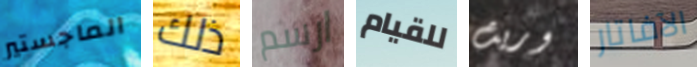
الماجستير ذلك ارسم للقيام وريث الآفاتار